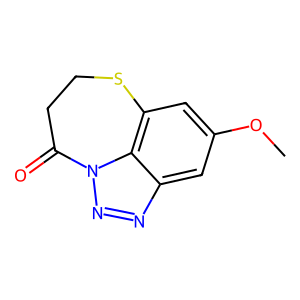
SMILES: COc1cc2c3c(c1)nnn3C(=O)CCS2
Inhibits HIV replication: No